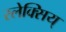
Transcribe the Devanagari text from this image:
स्लेक्सिय्